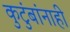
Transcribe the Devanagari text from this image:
कुटुंबांनाही